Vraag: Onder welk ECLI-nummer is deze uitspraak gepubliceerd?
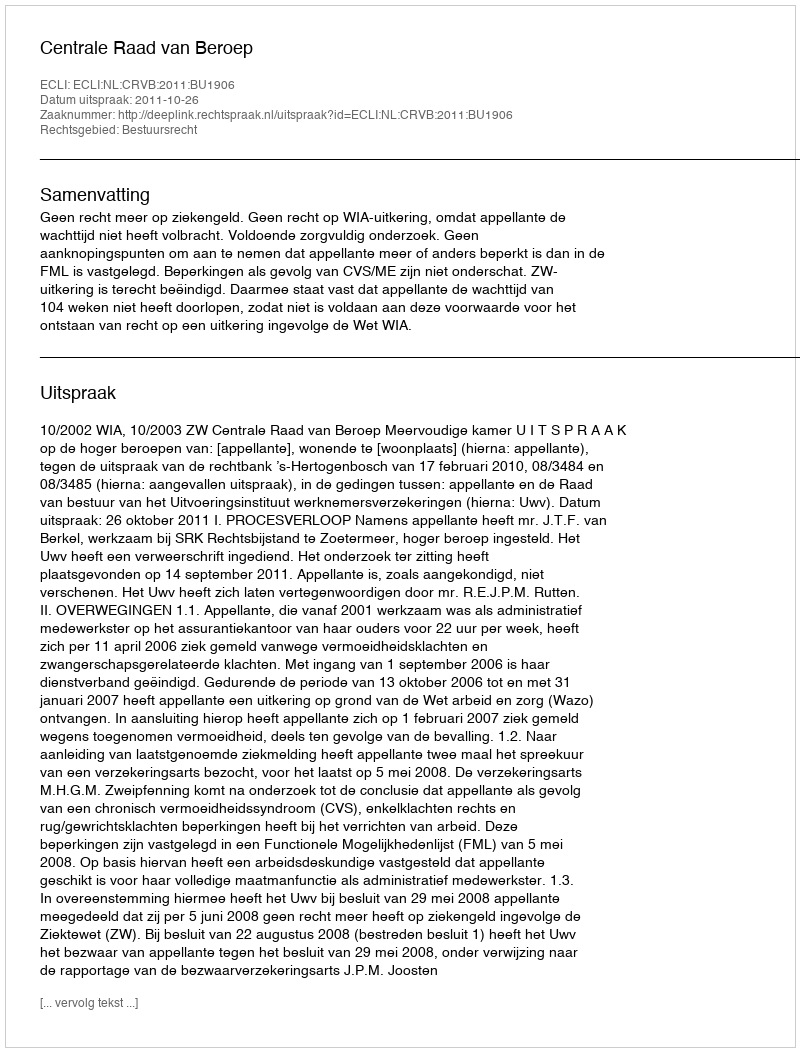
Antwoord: ECLI:NL:CRVB:2011:BU1906